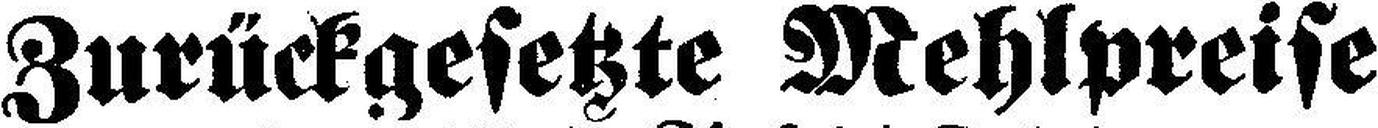
Zurückgesetzte Mehlpreise